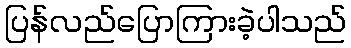
ပြန်လည်ပြောကြားခဲ့ပါသည်